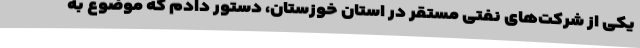
یکی از شرکت‌های نفتی مستقر در استان خوزستان، دستور دادم که موضوع به